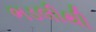
ભડલીથી